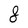
Character: 8